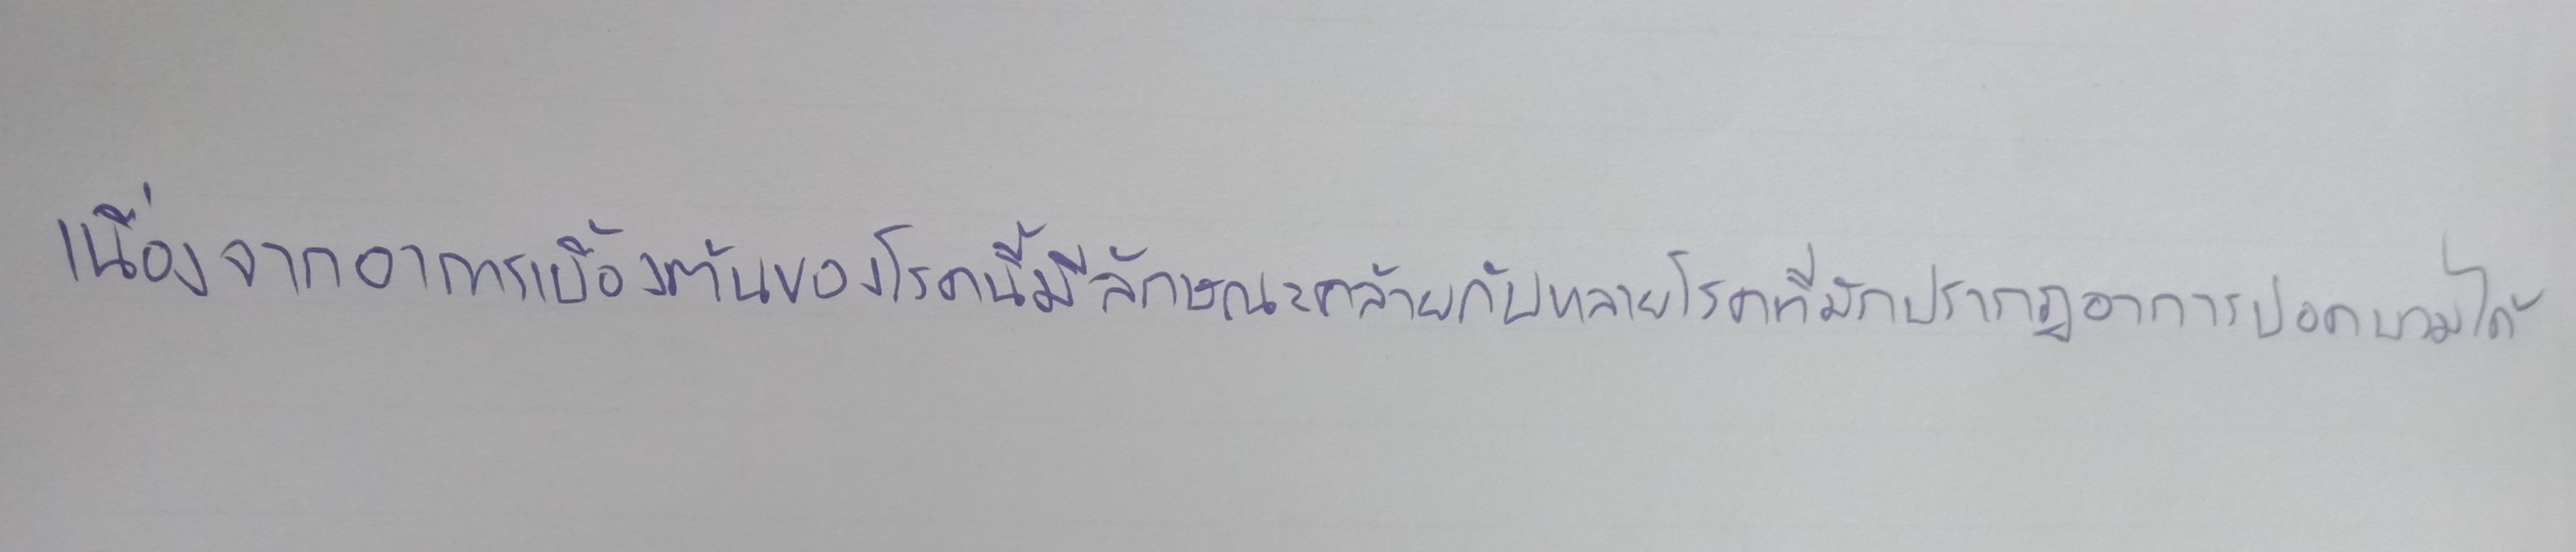
เนื่องจากอาการเบื้องต้นของโรคนี้มีลักษณะคล้ายกับหลายโรคที่มักปรากฏอาการปอดบวมได้